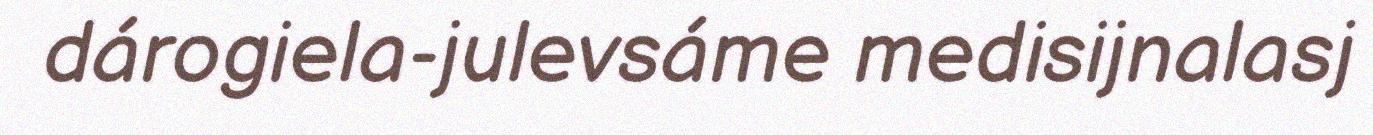
dárogiela-julevsáme medisijnalasj